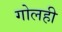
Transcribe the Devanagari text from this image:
गोलही